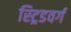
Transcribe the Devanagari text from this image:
स्ट्रिडवर्ग